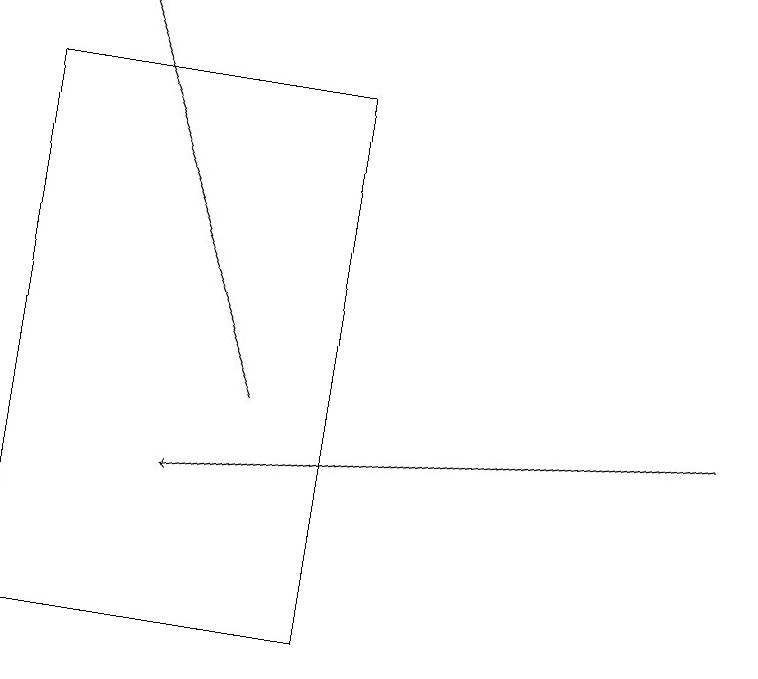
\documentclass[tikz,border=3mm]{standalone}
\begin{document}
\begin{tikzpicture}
\draw[->] (9,14) -- (2,13);
\draw (4,18) rectangle (0,11);
\draw[->] (3,14) -- (1,19);
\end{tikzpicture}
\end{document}